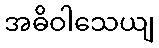
အဓိဝါသေယျ